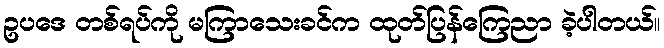
ဥပဒေ တစ်ရပ်ကို မကြာသေးခင်က ထုတ်ပြန်ကြေညာ ခဲ့ပါတယ်။